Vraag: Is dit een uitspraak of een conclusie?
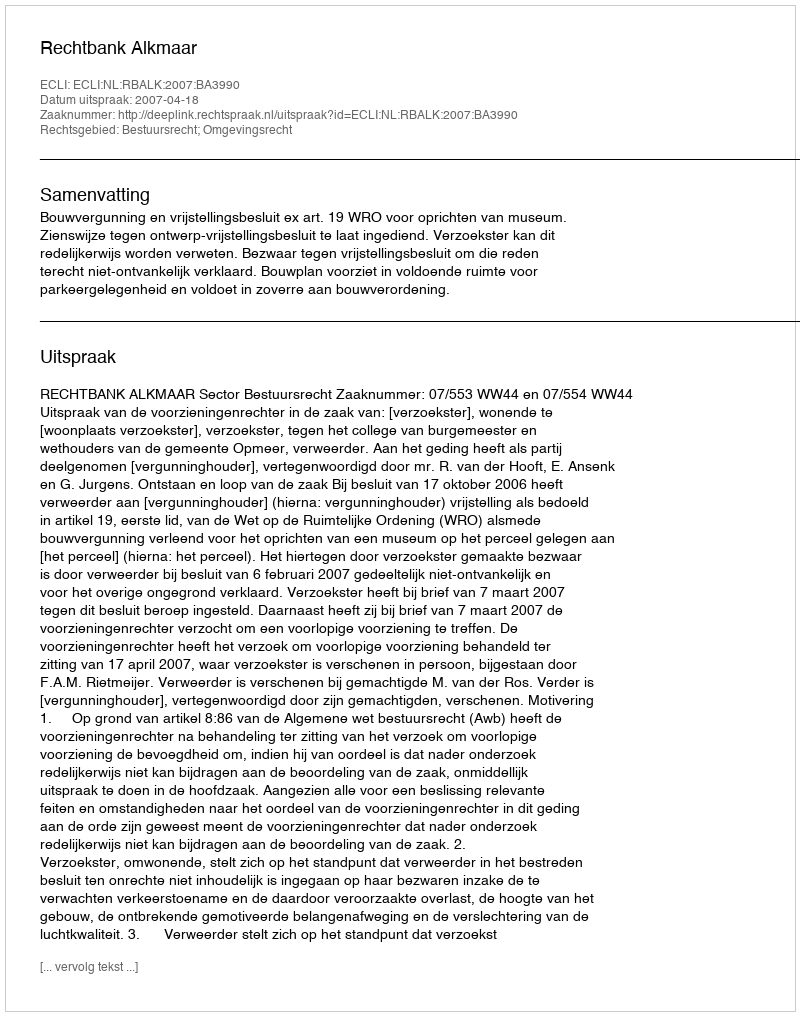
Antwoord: Uitspraak